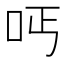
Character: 𠰁